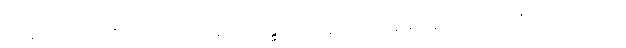
ယာနဿ၊ ယာဉ်ကိုလည်းကောင်း။ မာလာဂန္ဓဝိလေပနဿ၊ ပန်းနံ့သာ နံ့သာပျောင်းကို လည်းကောင်း။